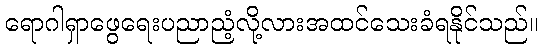
ရောဂါရှာဖွေရေးပညာညံ့လို့လားအထင်သေးခံရနိုင်သည်။